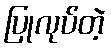
ပြုလုပ်တဲ့